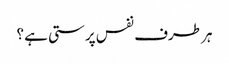
ہر طرف نفس پرستی ہے ؟